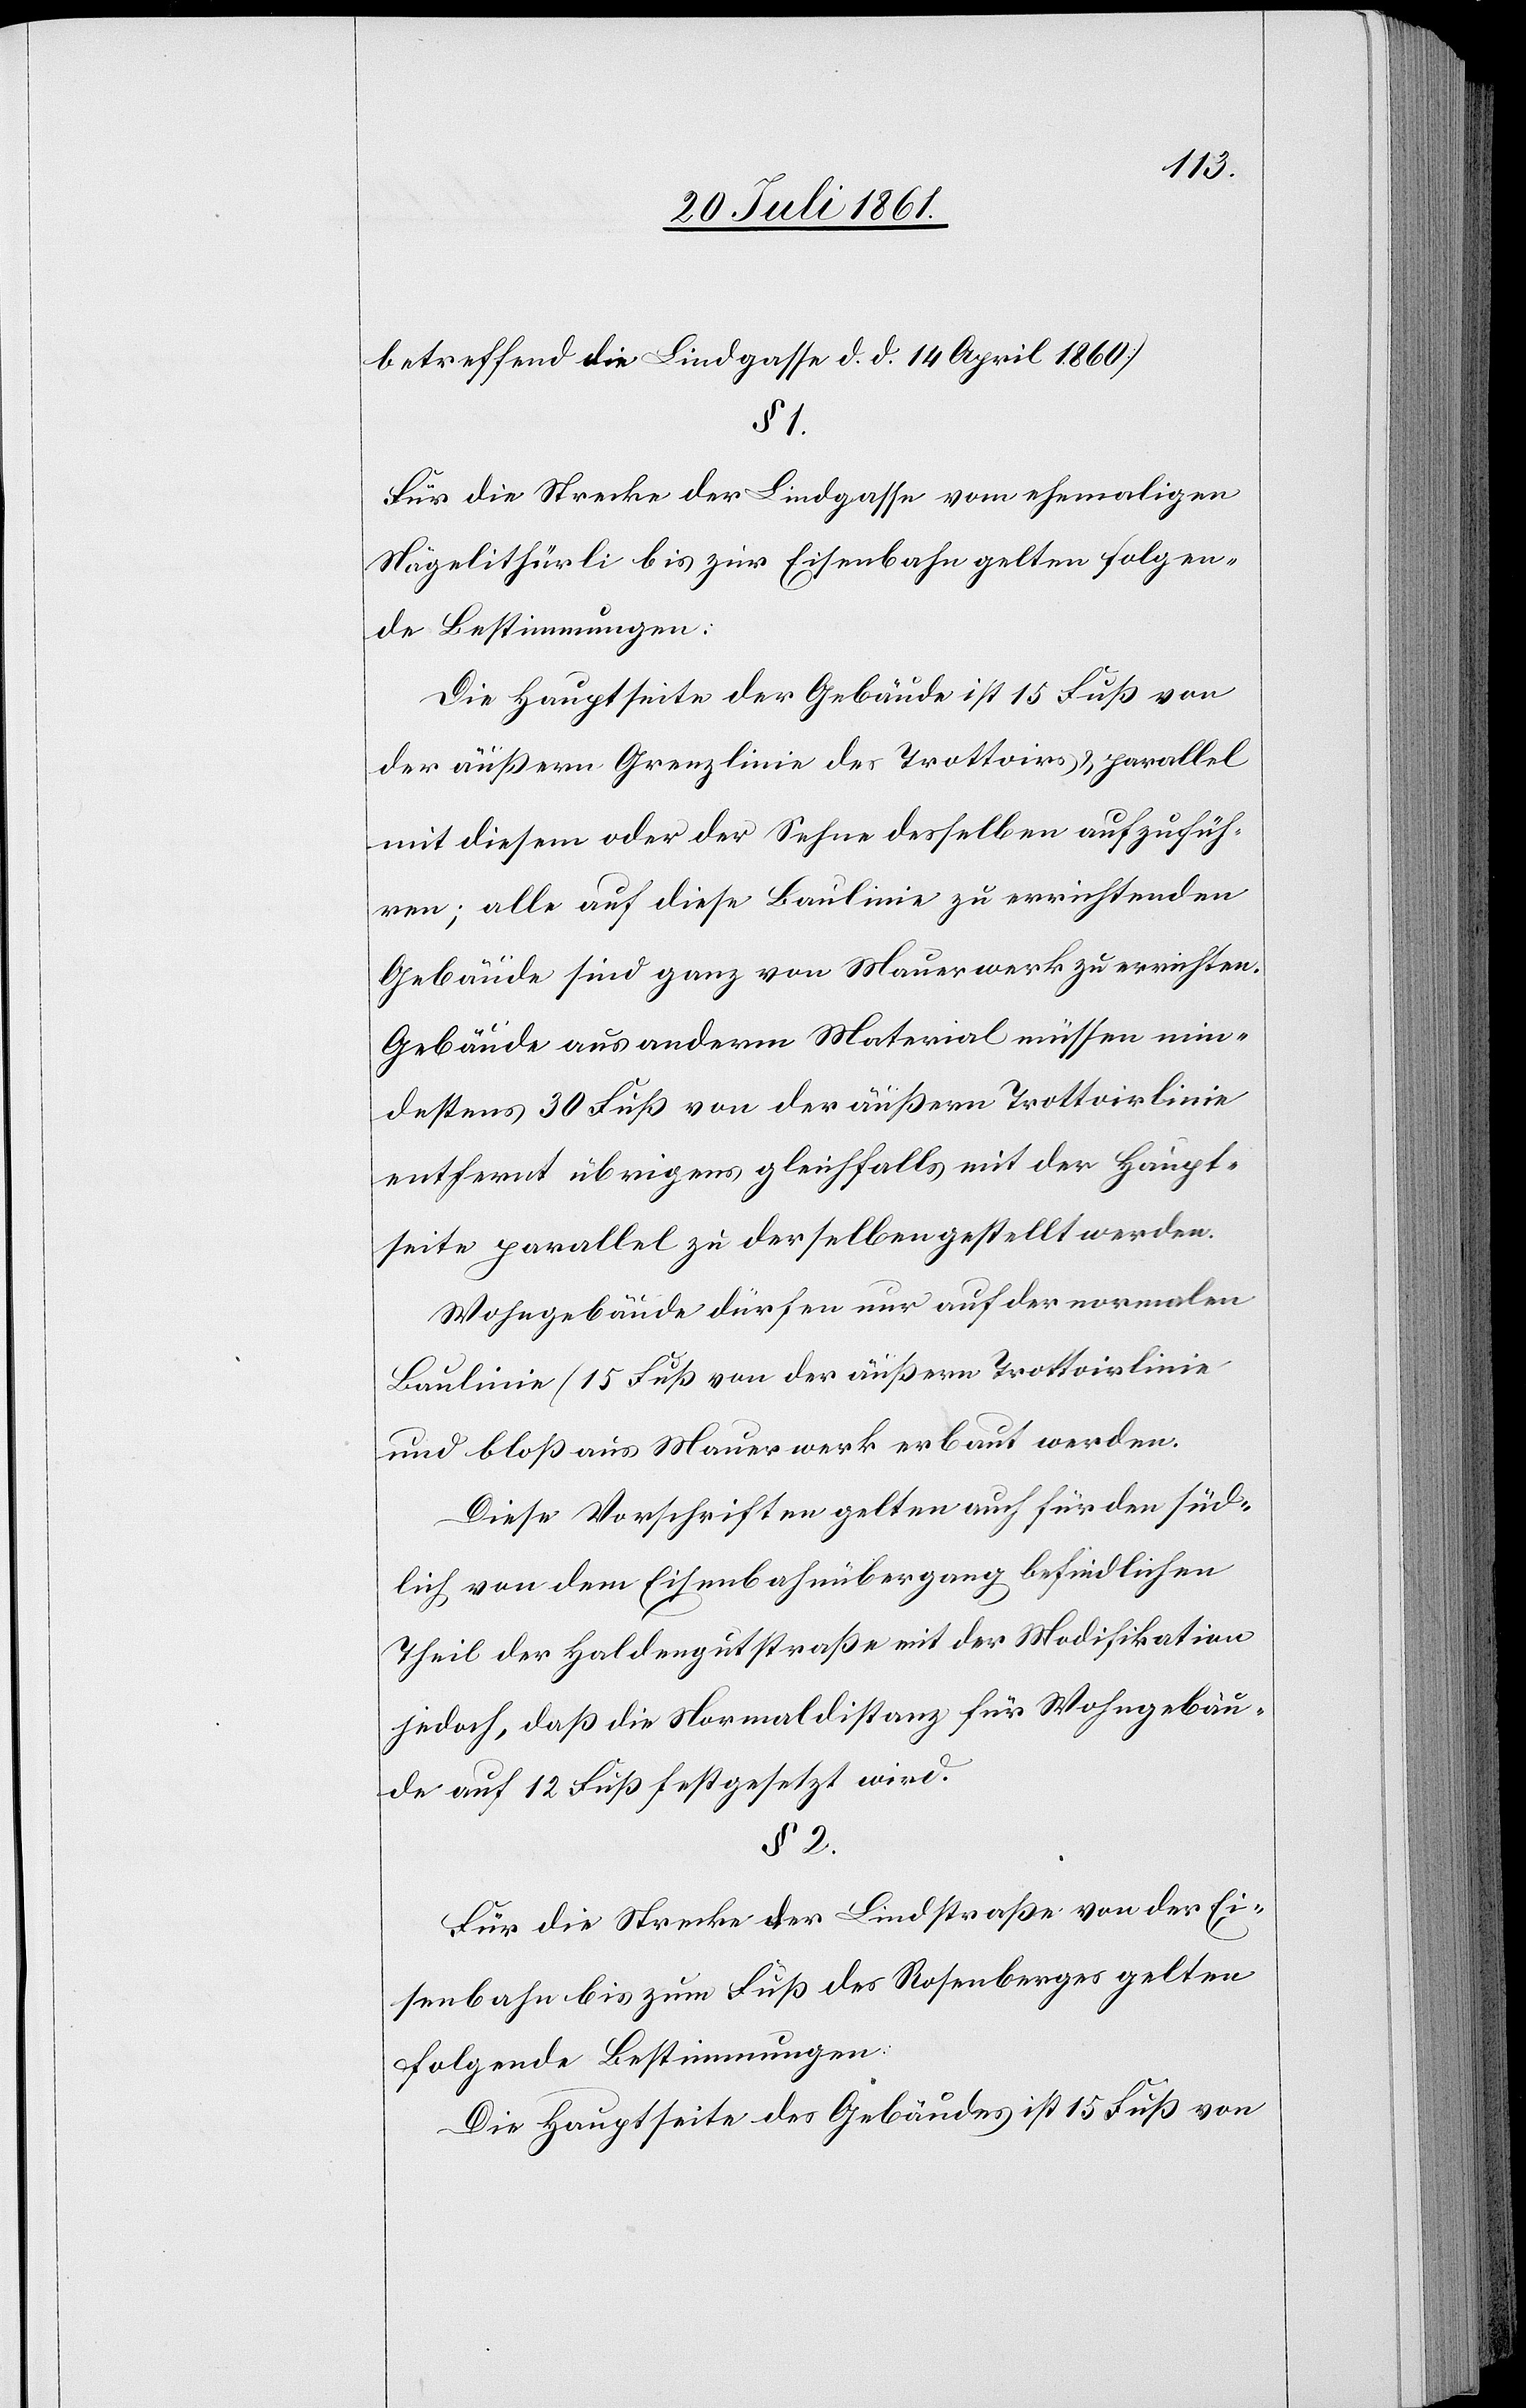
betreffend die Lindgasse d. d. 14 April 1860)
§ 1.
Für die Strecke der Lindgasse vom ehemaligen
Nägelithürli bis zur Eisenbahn gelten folgen¬
de Bestimmungen:
Die Hauptseite der Gebäude ist 15 Fuß von
der äußern Grenzlinie des Trottoirs u. parallel
mit diesem oder der Sehne desselben aufzufüh¬
ren; alle auf diese Baulinie zu errichtenden
Gebäude aus anderm Material müssen min¬
destens 30 Fuß von der äußern Trottoirlinie
entfernt übrigens gleichfalls mit der Haupt¬
seite parallel zu derselben gestellt werden.
Wohngebäude dürfen nur auf der normalen
Baulinie (15 Fuß von der äußern Trottoirlinie
und bloß aus Mauerwerk erbaut werden.)
Diese Vorschriften gelten auch für den süd¬
lich von dem Eisenbahnübergang befindlichen
Theil der Haldengutstraße mit der Modifikation
jedoch, daß die Normaldistanz für Wohngebäu¬
de auf 12 Fuß festgesetzt wird.
§ 2.
Für die Strecke der Lindstraße von der Ei¬
senbahn bis zum Fuß des Rosenberges gelten
folgende Bestimmungen.
Die Hauptseite des Gebäudes ist 15 Fuß von